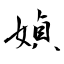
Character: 媜